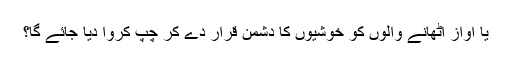
یا آواز اٹھانے والوں کو خوشیوں کا دشمن قرار دے کر چپ کروا دیا جائے گا؟